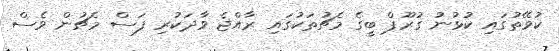
ކުވޭތުގައި ކުޅުނު ގުރޫޕް ބީގެ މެޗުތަކުގައި ރާއްޖެ ވާދަކުރި ފަސް މެޗުން ވެސް